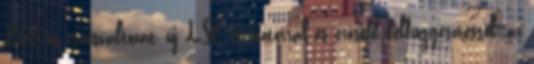
Z06-os csúcsváltozat, új LS6-os motorral és erősebb felfüggesztéssel; az